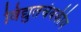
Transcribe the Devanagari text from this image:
विद्युतचंबकीय